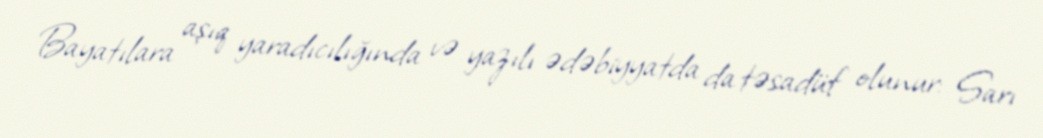
Bayatılara aşıq yaradıcılığında və yazılı ədəbiyyatda da təsadüf olunur: Sarı